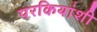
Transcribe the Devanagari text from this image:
परकियांशी